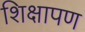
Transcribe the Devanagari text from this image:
शिक्षापण